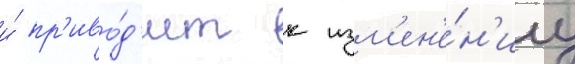
и́ пр'иво́д'ит к изм'ен'е́н'иу